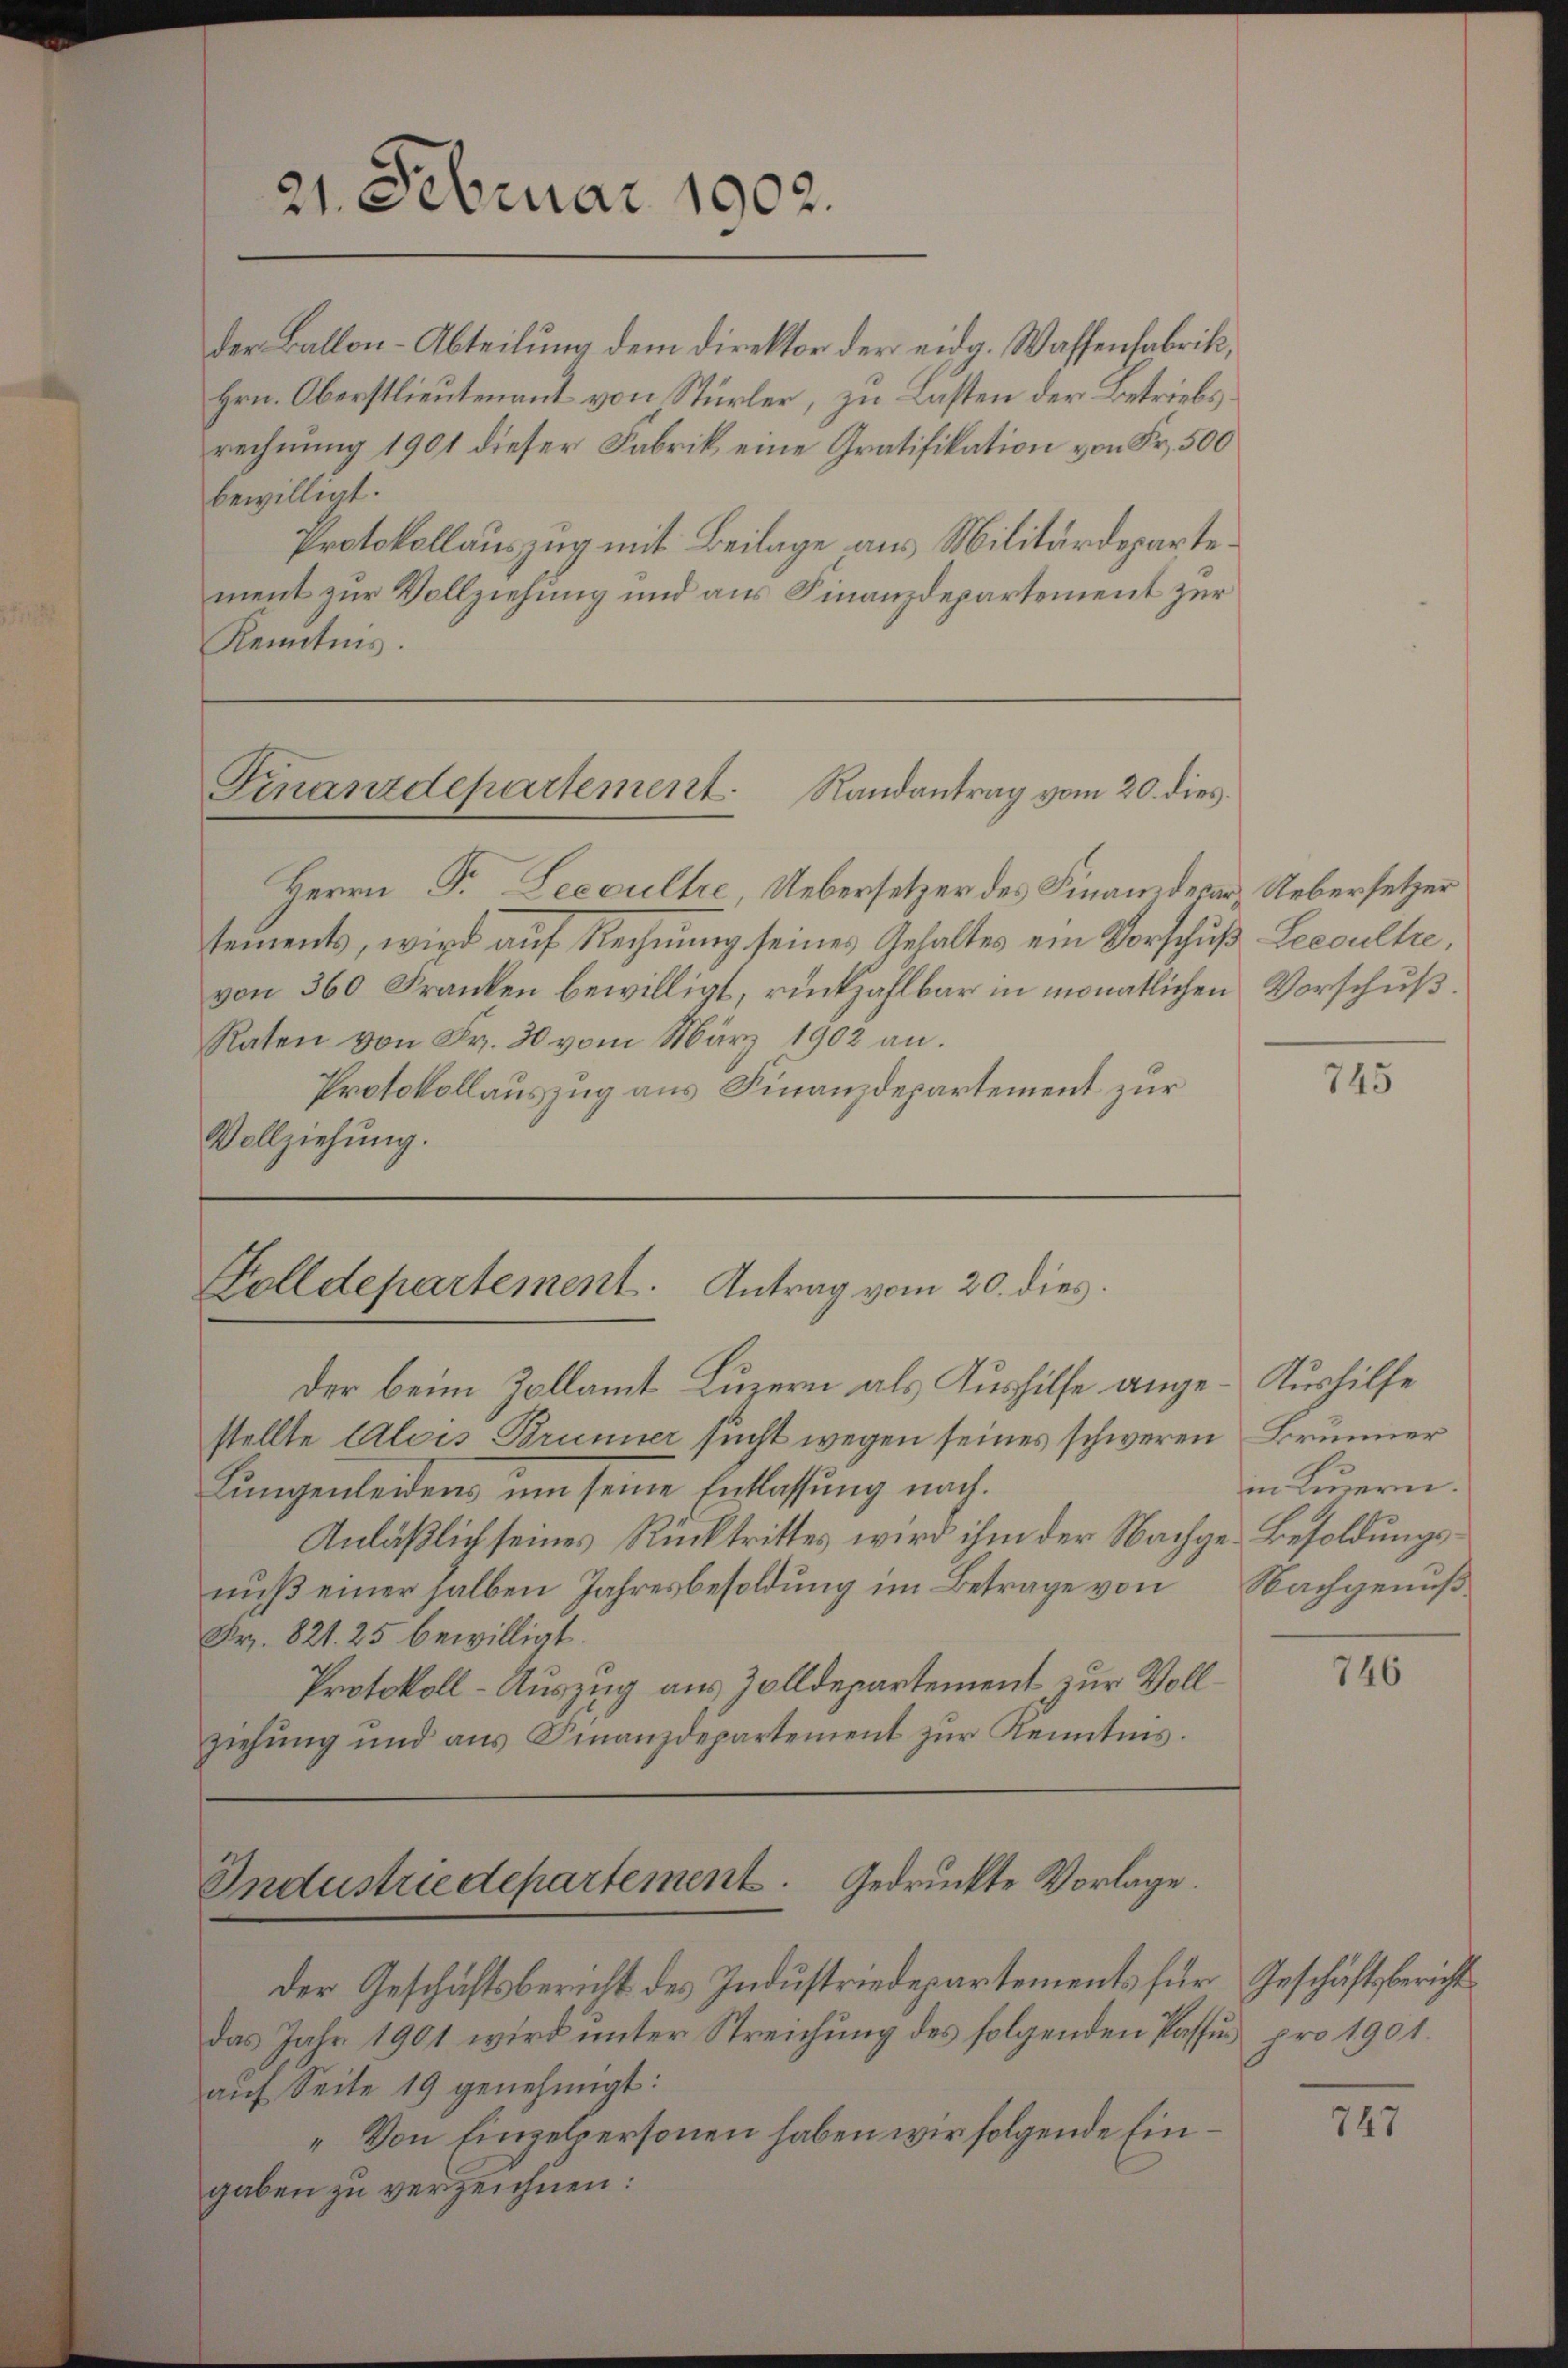
21. Februar 1902.

der Ballon-Abteilung dem Direktor der eidg. Waffenfabrik¬
Hrn. Oberstlieutenant von Stürler, zu Lasten der Betriebs
rechnung 1901 dieser Fabrik eine Gratifikation von Fr. 500
bewilligt.
Protokollauszug mit Beilage aus Militärdepartement zur Vollziehung und aus Finanzdepartement zur
Kenntnis.

Finanzdepartement. Randantrag vom 20. dies

Herrn Fr. Seccultre, Uebersetzer des Finanderer Uebersetzer
sements, wird auf Rechnung seines Gehaltes ein Vorschuß-Leccultre,
von 360 Franken bewilligt, rückzahlbar in monatlichen Vorschuß.
Raten von Fr. 30 vom März 1902 an.
Protokollauszug aus Finanzdepartement zur
Vollziehung.

Holldepartement. Antrag vom 20. dies

der beim Zollamt Luzern als Aushilfe ange-Kushilfe
stellte Alois Brunner sucht wegen seines schweren Brunner
Lungenleiden um seine Entlassung nach¬
Anläßlich seines Rücktrittes wird ihm der Nachge-Besoldungsnuß einer halben Jahresbesoldung im Betrage von Nachgenuß
Fr. 821. 25 bewilligt.
Protokoll-Auszug aus Zolldepartement zur Vollziehung und ans Finanzdepartement zŭr Kenntnis.

Industriedepartement. Gedruckte Vorlage.

der Geschäftsbericht des Industriedepartements für Geschäftsbericht
das Jahr 1901 wird unter Streichung des folgenden Passur pro 1901.
auf Seite 19 genehmigt:
„Von Einzelpersonen haben wir folgende Eingaben zu verzeichnen:

745

in Linnern.

746

747